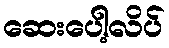
ဆေးပေါ့လိပ်